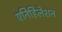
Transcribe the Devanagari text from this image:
एनिहिलेशन